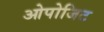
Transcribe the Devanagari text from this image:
ओपोजिट